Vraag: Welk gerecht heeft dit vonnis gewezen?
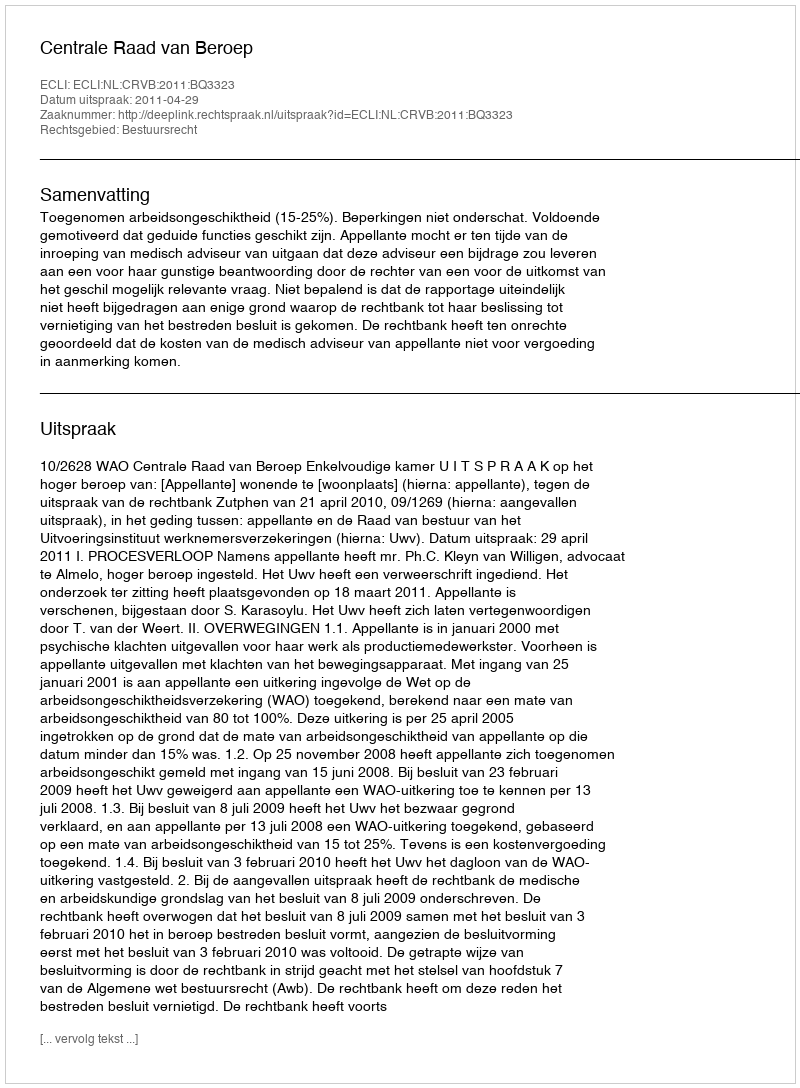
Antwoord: Centrale Raad van Beroep